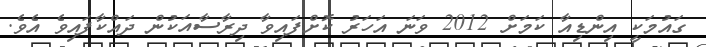
ގައުމަކީ އިންޑިއާ ކަމަށް 2012 ވަނަ އަހަރު ކޮށްފައިވާ ދިރާސާއަކުން ދައްކާފައިވެ އެވެ.